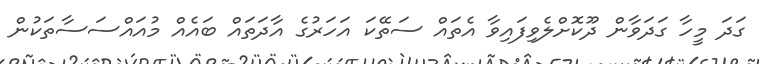
ގަދަ މީހާ ގަދަވާން ދޫކޮށްލެވިފައިވާ އެތައް ސަތޭކަ އަހަރުގެ އާދަތައް ބައެއް މުއައްސަސާތަކުން